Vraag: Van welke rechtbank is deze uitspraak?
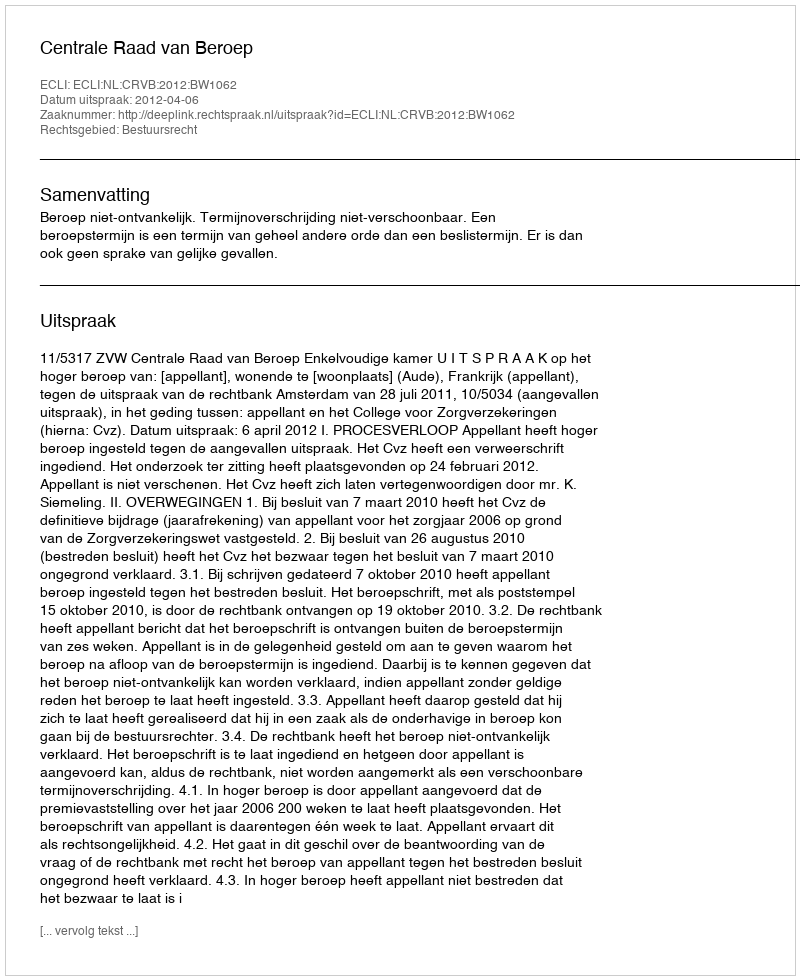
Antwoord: Centrale Raad van Beroep